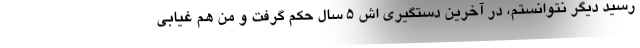
رسید دیگر نتوانستم، در آخرین دستگیری اش ٥ سال حکم گرفت و من هم غیابی